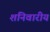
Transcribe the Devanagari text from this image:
शनिवारीय